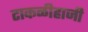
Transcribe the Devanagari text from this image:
टाकळीहाजी